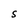
Character: S